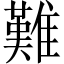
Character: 難